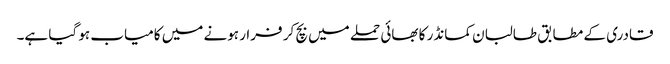
قادری کے مطابق طالبان کمانڈر کا بھائی حملے میں بچ کر فرار ہونے میں کامیاب ہو گیا ہے۔